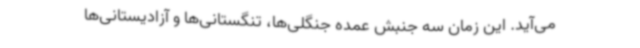
می‌آید. این زمان سه جنبش عمده جنگلی‌ها، تنگستانی‌ها و آزادیستانی‌ها